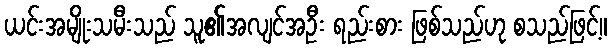
ယင်းအမျိုးသမီးသည် သူ၏အလျင်အဦး ရည်းစား ဖြစ်သည်ဟု စသည်ဖြင့်။